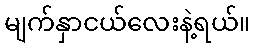
မျက်နှာငယ်လေးနဲ့ရယ်။